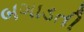
બગાડતી